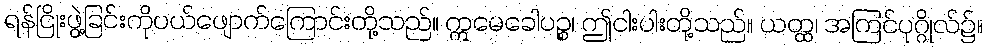
ရန်ငြိုးဖွဲ့ခြင်းကိုပယ်ဖျောက်ကြောင်းတို့သည်။ ဣမေခေါပဉ္စ၊ ဤငါးပါးတို့သည်။ ယတ္ထ၊ အကြင်ပုဂ္ဂိုလ်၌။